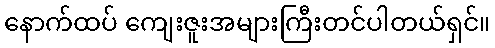
နောက်ထပ် ကျေးဇူးအများကြီးတင်ပါတယ်ရှင်။